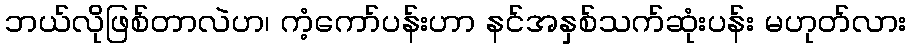
ဘယ်လိုဖြစ်တာလဲဟ၊ ကံ့ကော်ပန်းဟာ နင်အနှစ်သက်ဆုံးပန်း မဟုတ်လား